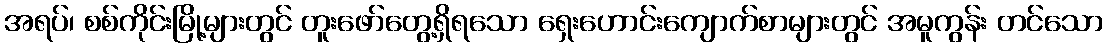
အရပ်၊ စစ်ကိုင်းမြို့များတွင် တူးဖော်တွေ့ရှိရသော ရှေးဟောင်းကျောက်စာများတွင် အမူကွန်း တင်သော